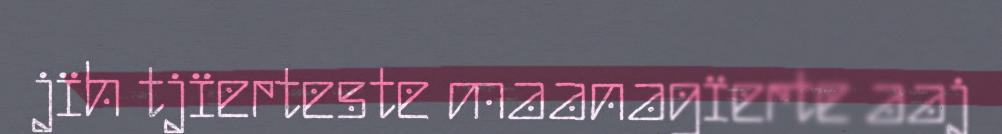
jïh tjïerteste maanagïerte aaj